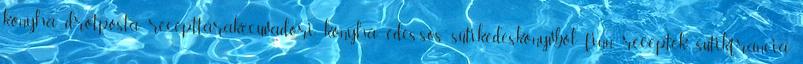
konyha ,drótposta recepttárak,ecuvadori konyha ,édes-sós sütik,édeskönyvből ,finn receptek sütik,francia